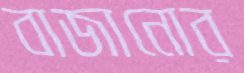
বাজানোর